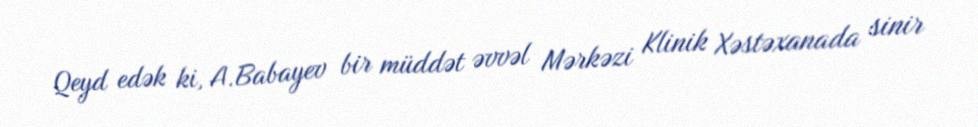
Qeyd edək ki, A.Babayev bir müddət əvvəl Mərkəzi Klinik Xəstəxanada sinir